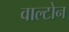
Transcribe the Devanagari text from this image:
वाल्टोन